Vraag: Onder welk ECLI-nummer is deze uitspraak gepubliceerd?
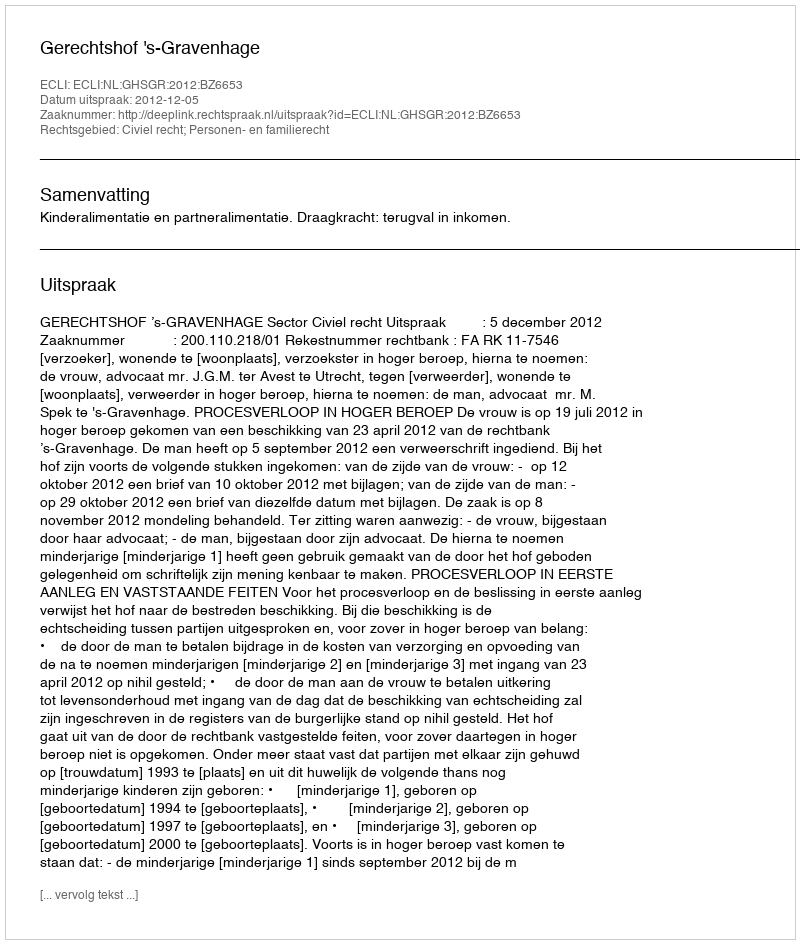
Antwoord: ECLI:NL:GHSGR:2012:BZ6653